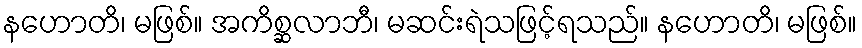
နဟောတိ၊ မဖြစ်။ အကိစ္ဆလာဘီ၊ မဆင်းရဲသဖြင့်ရသည်။ နဟောတိ၊ မဖြစ်။